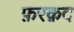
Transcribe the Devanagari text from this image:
फ़रक़द